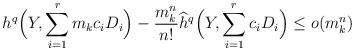
LaTeX: \begin{align*}h^q\Bigl(Y, \sum_{i =1}^r m_k c_iD_i\Bigr) - \frac{m_k^n}{n!} \widehat{h}^q\Bigl( Y,\sum_{i =1}^r c_i D_i \Bigr) \leq o( m_k^n)\end{align*}